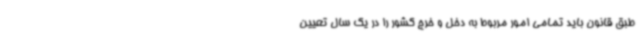
طبق قانون باید تمامی امور مربوط به دخل و خرج کشور را در یک سال تعیین